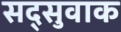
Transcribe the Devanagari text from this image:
सद्सुवाक